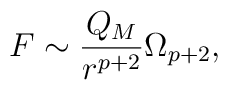
F \sim  {Q_M \over r^{p + 2}}\Omega_{p + 2},